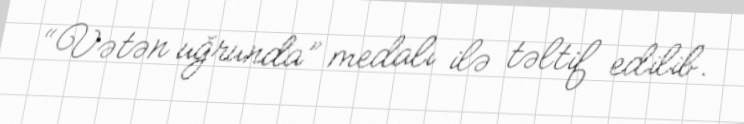
“Vətən uğrunda” medalı ilə təltif edilib.